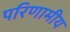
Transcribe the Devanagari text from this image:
परिणामीय